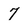
Character: 7